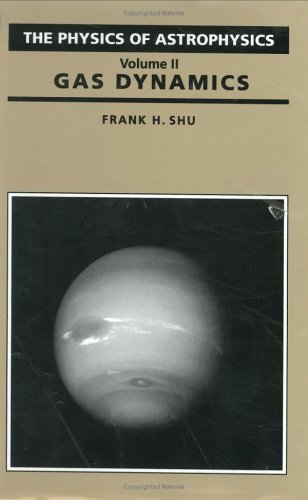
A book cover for Gas Dynamics (The Physics of Astrophysics); Frank H. Shu; Science & Math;